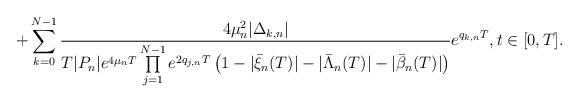
LaTeX: \begin{align*}+\sum\limits_{k=0}^{N-1}\frac{4\mu^2_n|\Delta_{k,n}|}{T|P_n|e^{4\mu_nT}\prod\limits_{j=1}^{N-1}e^{2q_{j,n}T}\left(1-|\bar{\xi}_n(T)|-|\bar{\Lambda}_n(T)|-|\bar{\beta}_n(T)|\right)}e^{q_{k,n}T},t\in[0,T].\end{align*}